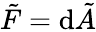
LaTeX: \tilde{F}=\mathrm{d}\tilde{A}